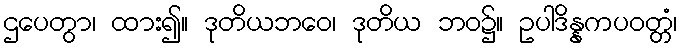
ဌပေတွာ၊ ထား၍။ ဒုတိယဘဝေ၊ ဒုတိယ ဘဝ၌။ ဥပါဒိန္နကပဝတ္တံ၊